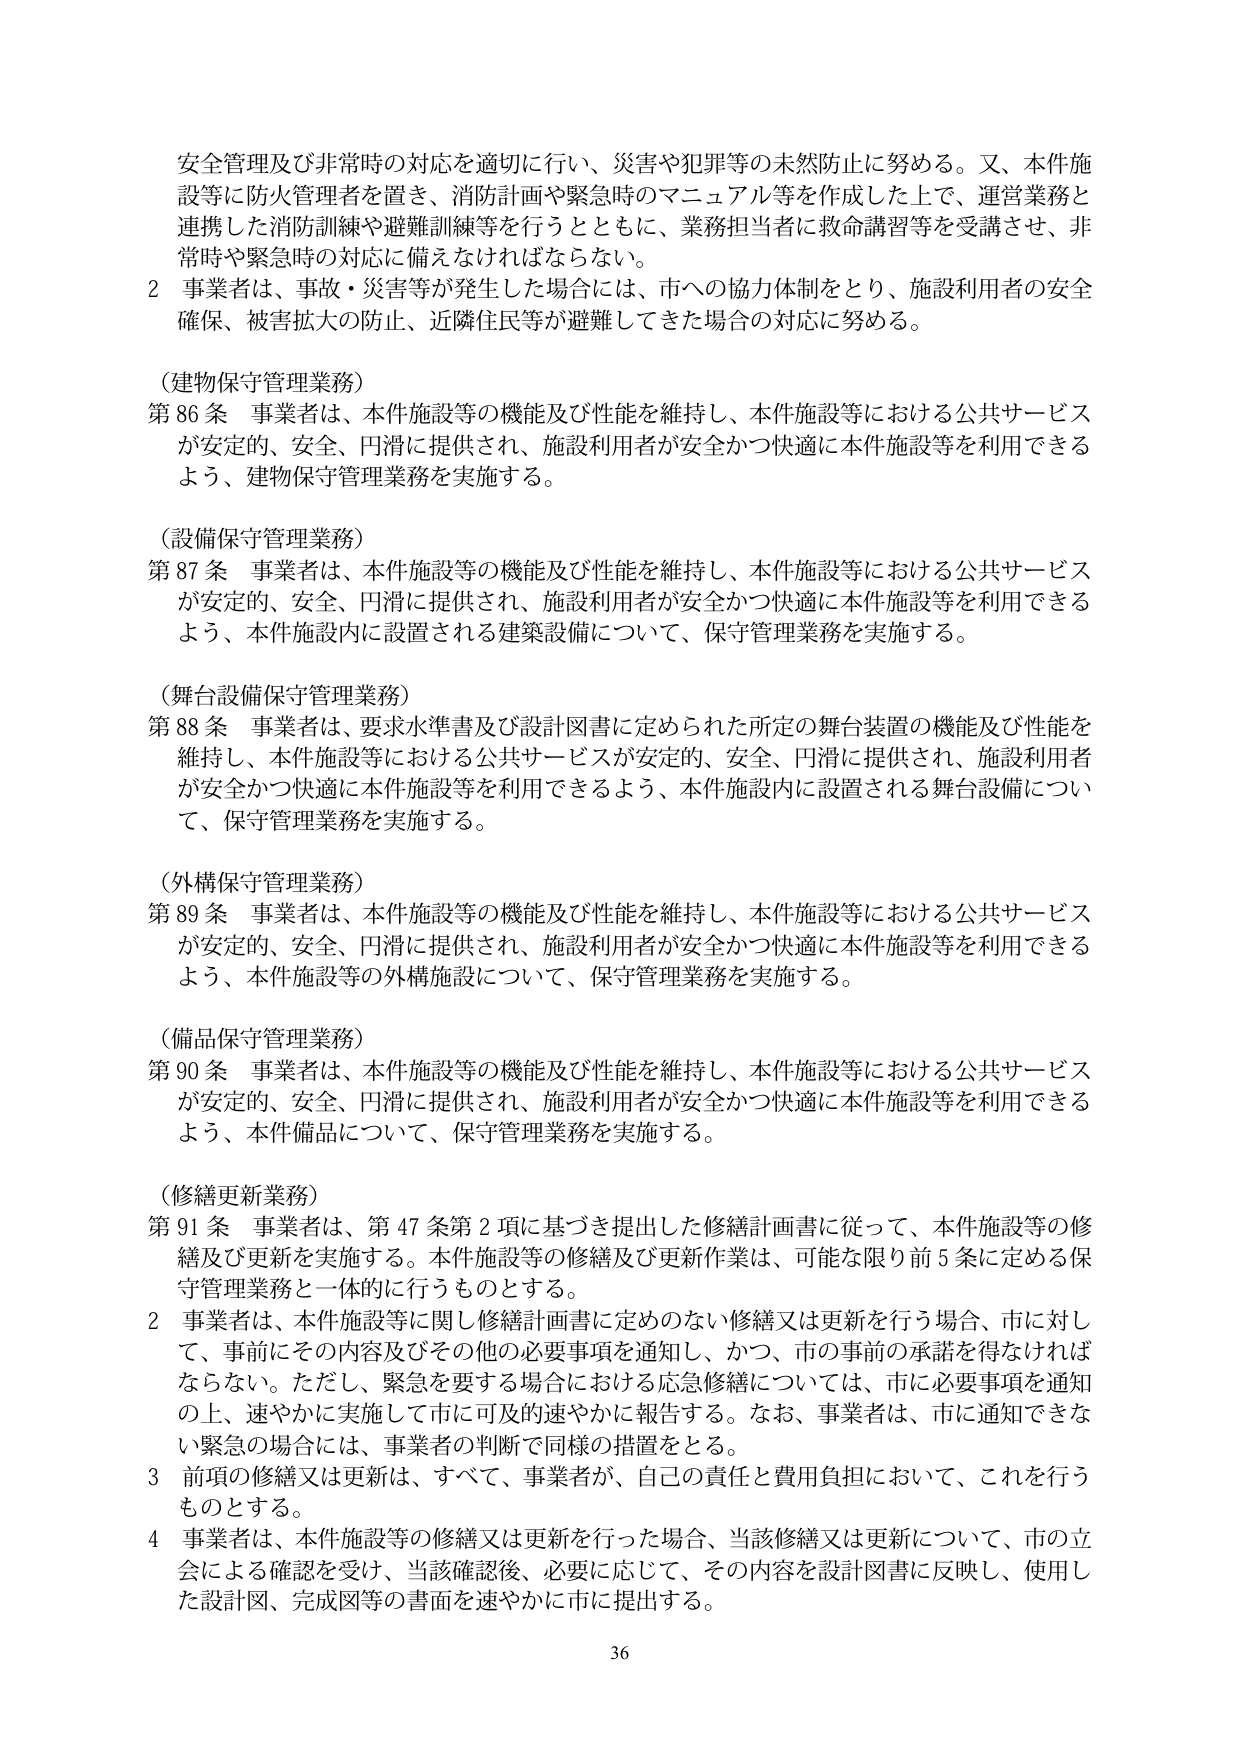
安全管理及び非常時の対応を適切に行い、災害や犯罪等の未然防止に努める。又、本件施設等に防火管理者を置き、消防計画や緊急時のマニュアル等を作成した上で、運営業務と連携した消防訓練や避難訓練等を行うとともに、業務担当者に救命講習等を受講させ、非常時や緊急時の対応に備えなければならない。

2 事業者は、事故・災害等が発生した場合には、市への協力体制をとり、施設利用者の安全確保、被害拡大の防止、近隣住民等が避難してきた場合の対応に努める。

（建物保守管理業務）
第86条 事業者は、本件施設等の機能及び性能を維持し、本件施設等における公共サービスが安定的、安全、円滑に提供され、施設利用者が安全かつ快適に本件施設等を利用できるよう、建物保守管理業務を実施する。

（設備保守管理業務）
第87条 事業者は、本件施設等の機能及び性能を維持し、本件施設等における公共サービスが安定的、安全、円滑に提供され、施設利用者が安全かつ快適に本件施設等を利用できるよう、本件施設内に設置される建築設備について、保守管理業務を実施する。

（舞台設備保守管理業務）
第88条 事業者は、要求水準書及び設計図書に定められた所定の舞台装置の機能及び性能を維持し、本件施設等における公共サービスが安定的、安全、円滑に提供され、施設利用者が安全かつ快適に本件施設等を利用できるよう、本件施設内に設置される舞台設備について、保守管理業務を実施する。

（外構保守管理業務）
第89条 事業者は、本件施設等の機能及び性能を維持し、本件施設等における公共サービスが安定的、安全、円滑に提供され、施設利用者が安全かつ快適に本件施設等を利用できるよう、本件施設等の外構施設について、保守管理業務を実施する。

（備品保守管理業務）
第90条 事業者は、本件施設等の機能及び性能を維持し、本件施設等における公共サービスが安定的、安全、円滑に提供され、施設利用者が安全かつ快適に本件施設等を利用できるよう、本件備品について、保守管理業務を実施する。

（修繕更新業務）
第91条 事業者は、第47条第2項に基づき提出した修繕計画書に従って、本件施設等の修繕及び更新を実施する。本件施設等の修繕及び更新作業は、可能な限り前5条に定める保守管理業務と一体的に行うものとする。

2 事業者は、本件施設等に関し修繕計画書に定めのない修繕又は更新を行う場合、市に対して、事前にその内容及びその他の必要事項を通知し、かつ、市の事前の承諾を得なければならない。ただし、緊急を要する場合における応急修繕については、市に必要事項を通知の上、速やかに実施して市に可及的速やかに報告する。なお、事業者は、市に通知できない緊急の場合には、事業者の判断で同様の措置をとる。

3 前項の修繕又は更新は、すべて、事業者が、自己の責任と費用負担において、これを行うものとする。

4 事業者は、本件施設等の修繕又は更新を行った場合、当該修繕又は更新について、市の立会による確認を受け、当該確認後、必要に応じて、その内容を設計図書に反映し、使用した設計図、完成図等の書面を速やかに市に提出する。

36